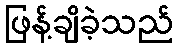
ဖြန့်ချိခဲ့သည်